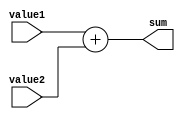
module genAdder(
	input [4:0] value1,
	input [4:0] value2,
	output [4:0] sum
);

assign sum = value1 + value2;


endmodule